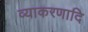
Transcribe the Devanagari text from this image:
व्याकरणादि